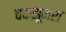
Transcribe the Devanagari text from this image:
चकझूमरा